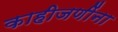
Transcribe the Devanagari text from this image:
काहीजणींना